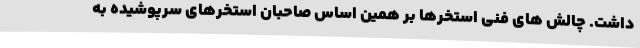
داشت. چالش های فنی استخرها بر همین اساس صاحبان استخرهای سرپوشیده به